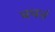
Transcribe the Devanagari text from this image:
वपनं